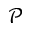
\mathcal { P }